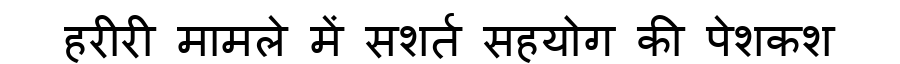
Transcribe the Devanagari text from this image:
हरीरी मामले में सशर्त सहयोग की पेशकश